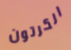
الكرتون